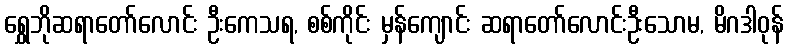
ရွှေဘိုဆရာတော်လောင်း ဦးကေသရ, စစ်ကိုင်း မှန်ကျောင်း ဆရာတော်လောင်းဦးသောမ, မိဂဒါဝုန်